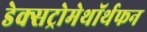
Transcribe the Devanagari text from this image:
डेक्सट्रोमेथॉर्थफन